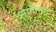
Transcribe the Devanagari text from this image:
सफीशेन्ट